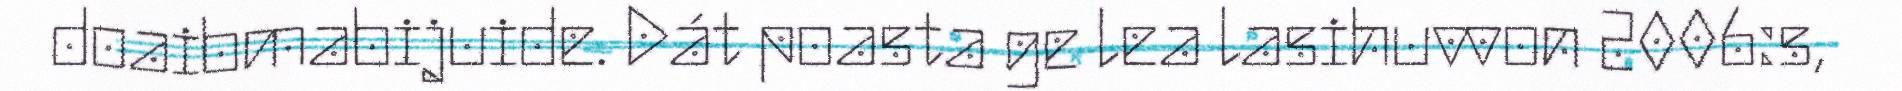
doaibmabijuide. Dát poasta ge lea lasihuvvon 2006:s,